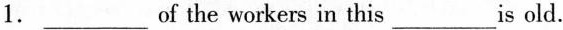
1. ___of the workers in this___is old.